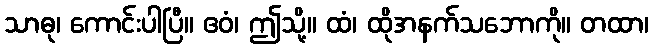
သာဓု၊ ကောင်းပါပြီ။ ဧဝံ၊ ဤသို့။ ထံ၊ ထိုအနက်သဘောကို။ တထာ၊